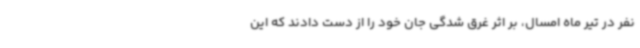
نفر در تیر ماه امسال، بر اثر غرق شدگی جان خود را از دست دادند که این